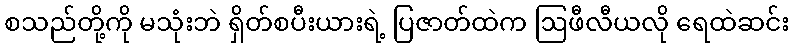
စသည်တို့ကို မသုံးဘဲ ရှိတ်စပီးယားရဲ့ ပြဇာတ်ထဲက ဩဖီလီယလို ရေထဲဆင်း